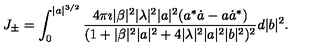
J _ { \pm } = \int _ { 0 } ^ { \vert a \vert ^ { 3 / 2 } } \frac { 4 \pi \imath \vert \beta \vert ^ { 2 } \vert \lambda \vert ^ { 2 } \vert a \vert ^ { 2 } ( a ^ { * } \dot { a } - a \dot { a } ^ { * } ) } { ( 1 + \vert \beta \vert ^ { 2 } \vert a \vert ^ { 2 } + 4 \vert \lambda \vert ^ { 2 } \vert a \vert ^ { 2 } \vert b \vert ^ { 2 } ) ^ { 2 } } d \vert b \vert ^ { 2 } .